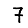
Digit: 7